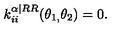
k _ { i i } ^ { \mathbf { \alpha | } R R } ( \theta _ { 1 , } \theta _ { 2 } ) = 0 .